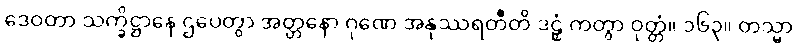
ဒေဝတာ သက္ခိဋ္ဌာနေ ဌပေတွာ အတ္တနော ဂုဏေ အနုဿရတီတိ ဒဠှံ ကတွာ ဝုတ္တံ။ ၁၆၃။ တသ္မာ